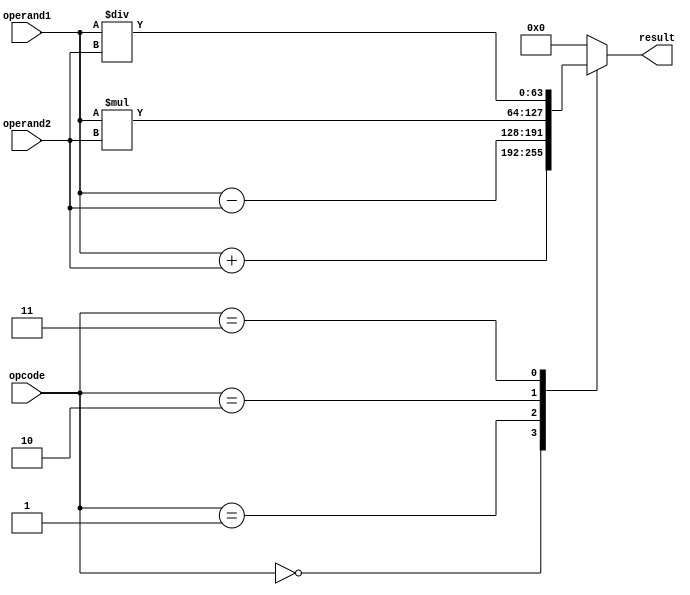
module DoublePrecisionFloatingPointUnit (
    input [63:0] operand1,
    input [63:0] operand2,
    input [2:0] opcode,
    output reg [63:0] result
);

// Floating point arithmetic operations
always @ (operand1, operand2, opcode)
begin
    case (opcode)
        3'b000: result = operand1 + operand2; // Addition
        3'b001: result = operand1 - operand2; // Subtraction
        3'b010: result = operand1 * operand2; // Multiplication
        3'b011: result = operand1 / operand2; // Division
        default: result = 64'h0; // Invalid opcode
    endcase
end

// Other functionalities like rounding, normalization, and exception handling can be implemented here

endmodule